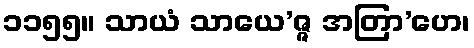
၁၁၅၅။ သာယံ သာယေ’ဇ္ဇ အတြာ’ဟေ၊